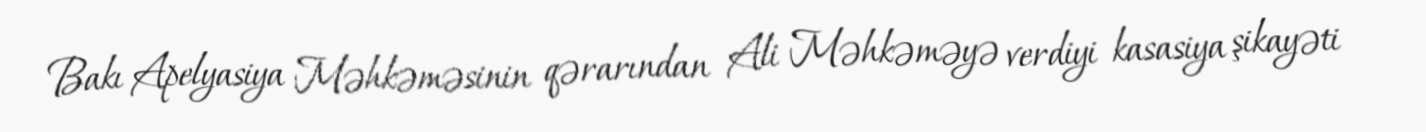
Bakı Apelyasiya Məhkəməsinin qərarından Ali Məhkəməyə verdiyi kasasiya şikayəti